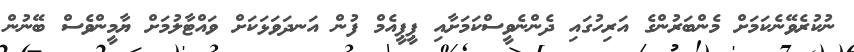
ނުކުރެވޭނެކަމަށް މެންބަރުންގެ އަރިހުގައި ދެންނެވީސްކަމަށާއި ޕީޕީއެމް ފުން އަނދަވަޅަކަށް ވައްޓާލުމަށް ޔާމީންވެސް ބޭނުން